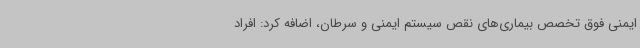
ایمنی فوق تخصص بیماری‌های نقص سیستم ایمنی و سرطان، اضافه کرد: افراد